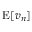
\operatorname { E } [ v _ { n } ]